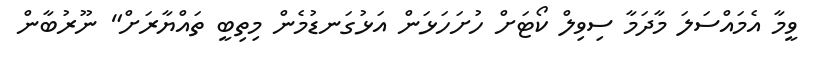
ވީމާ އެމައްސަލަ މާދަމާ ސިވިލް ކޯޓަށް ހުށަހަޅަން އަޅުގަނޑުމެން މިތިބީ ތައްޔާރަށް" ނޫރުބާން